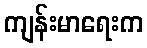
ကျန်းမာရေးက